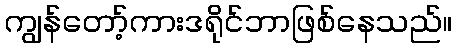
ကျွန်တော့်ကားဒရိုင်ဘာဖြစ်နေသည်။